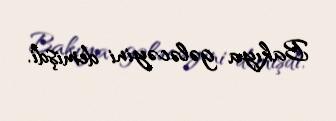
Bakıya gələcəyini demişdi.